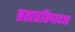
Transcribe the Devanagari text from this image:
ब्रह्मप्रतिपादक